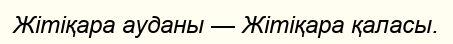
Жітіқара ауданы — Жітіқара қаласы.